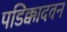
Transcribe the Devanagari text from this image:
पडिक्कादवन